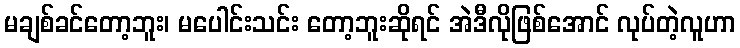
မချစ်ခင်တော့ဘူး၊ မပေါင်းသင်း တော့ဘူးဆိုရင် အဲဒီလိုဖြစ်အောင် လုပ်တဲ့လူဟာ